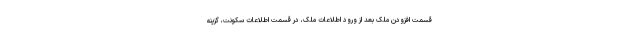
قسمت افزودن ملک بعد از ورود اطلاعات ملک، در قسمت اطلاعات سکونت، گزینه